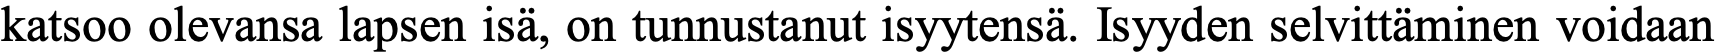
katsoo olevansa lapsen isä, on tunnustanut isyytensä. Isyyden selvittäminen voidaan